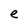
Character: e